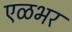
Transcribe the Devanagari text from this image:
एळभर